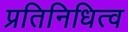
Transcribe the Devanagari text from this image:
प्रतिनिधित्व